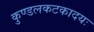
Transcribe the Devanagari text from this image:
कुण्डलकटकादयः